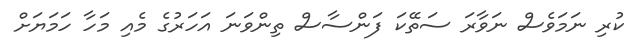
ކުރި ނަމަވެސް ނަވާރަ ސަތޭކަ ފަންސާސް ތިންވަނަ އަހަރުގެ މެއި މަހާ ހަމަޔަށް